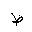
Letter: _za